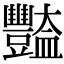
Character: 豓